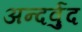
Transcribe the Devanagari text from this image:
अन्दर्वुद